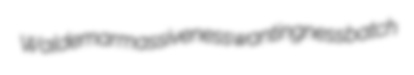
Waldemar massiveness wantingness batch